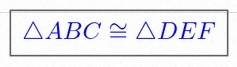
\triangle ABC\cong\triangle DEF